Leningradi_Edasi_toimetus, lk 210
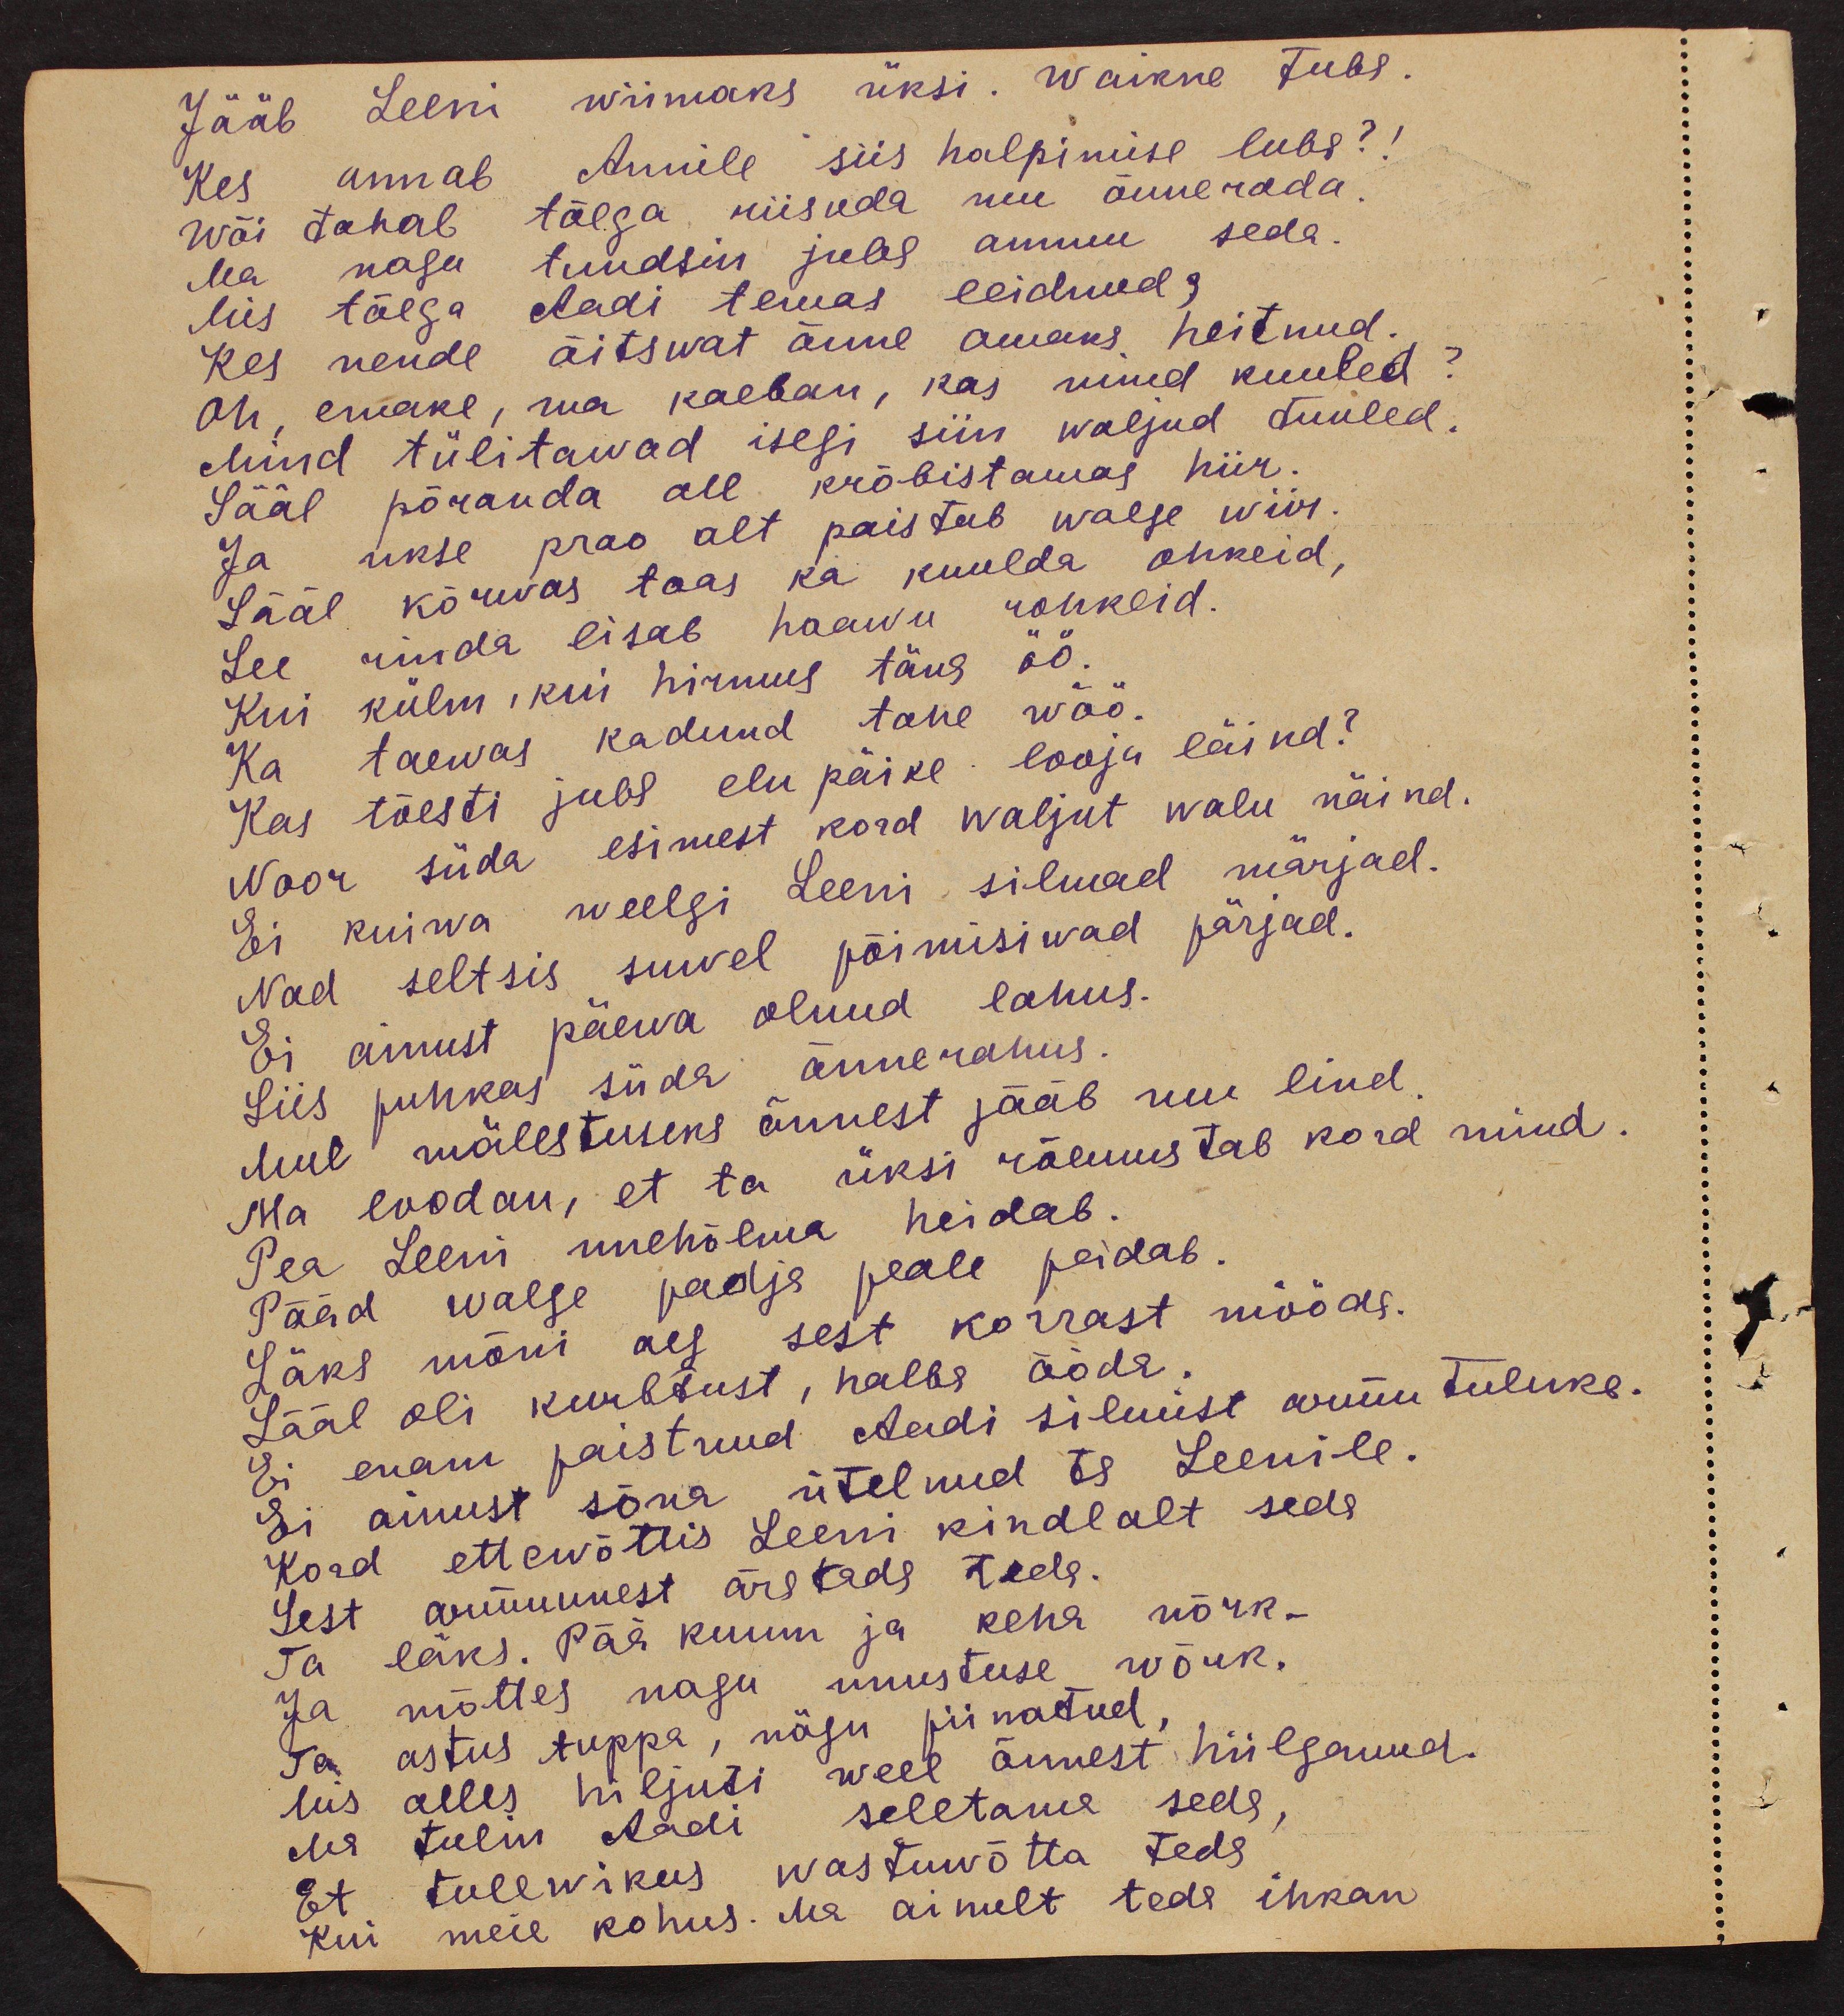
Jääb Leeni wiimaks üksi. waikne tuba.
Kes annab Annile siis halpimise luba?!
wõi tahab tõega riisuda mu õnnerada
Ma nagu tundsin juba ammu seda
Mis tõega Aadi temas leidnud
Kes nende õitswat õnne omaks heitnud.
Oh, emake, ma kaeban, kas mind kuuled?
Mind tülitawad isegi siin waljud tuuled.
Sääl põranda all krõbistamas hiir.
Ja ukse prao alt paistab walge wiir.
Sääl kõrwas toas ka kuulda ohkeid,
See rinda lisab haawu rohkeid.
Kui külm, kui hirmus täna öö.
Ka taewas kadund tahe wöö.
Kas tõesti juba elu päike looja läind?
Noor süda esimest kord waljut walu näind.
Ei kuiwa weelgi Leeni silmad märjad.
Nad seltsis suwel põimisiwad pärjad.
Ei ainust päewa olnud lahus.
Siis puhkas süda õnnerahus.
mul mälestuseks õnnest jääb mu lind
Ma loodan, et ta üksi rõemustab kord mind.
Pea Leeni unehõlma heidab.
Pääd walge padja peale peidab.
Läks mõni aeg sest korrast mööda.
Sääl oli kurbtust, halba ööda.
Ei enam paistnud Aadi silmist armutuluke.
Ei ainust sõna ütelnud ta Leenile.
Kord ettewõttis Leeni kindlalt seda
Sest armuunest äratada teda.
Ta läks. Pää kuum ja keha nõrk-
Ja mõttes nagu unustuse wõrk.
Ta astus tuppa, nägu piinatud.
Mis alles hiljuti weel õnnest hiilganud.
Ma tulin Aadi seletama seda
Et tulewikus wastuwõtta teda
Kui meie kohus. Ma ainult teda ihkan